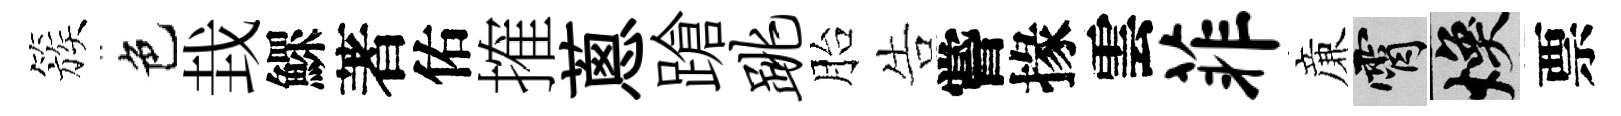
簇色㘽鰥著佑搉蔥蹌跳胎告嘗掾雲菲亷霄焕票